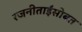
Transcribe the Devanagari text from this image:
रजनीताईंसोबत